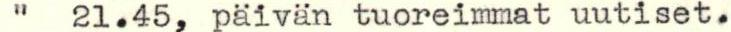
"  21.45, päivän tuoreimmat uutiset.